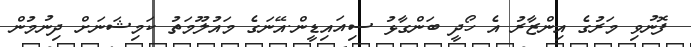
ފޮނުވި މަރުގެ އިންޒާރު އެ ހޯދީ ބަންގާޅު ސިއައިޑީން.އޭނަގެ މައުލޫމަތު ކަމިޝަނަށް ދިނުމުން